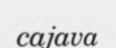
cajava